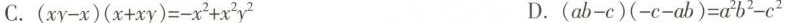
C.(xy-x)(x+xy)=-x^{2} +x^{2}y^{2}D.(ab-c)(-c-ab)=a^{2}b^{2}-c^{2}